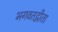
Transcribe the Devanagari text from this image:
भगवतद्गीता